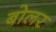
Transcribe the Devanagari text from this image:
बोलर